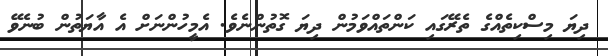
ދިޔަ މިސްކިތެއްގެ ތެރޭގައި ކަންތައްވަމުން ދިޔަ ގޮތުންނެވެ. އެމީހުންނަށް އެ އާޔަތުން ބުނެވޭ